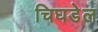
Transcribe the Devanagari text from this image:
चिघडेल